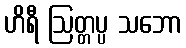
ဟိရီ ဩတ္တပ္ပ သဘော